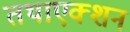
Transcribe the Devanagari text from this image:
तथाएक्शन